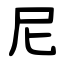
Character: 尼